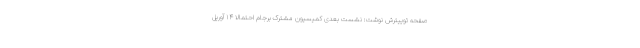
صفحه توییترش نوشت: نشست بعدی کمیسیون مشترک برجام احتمالا ۱۴ آوریل